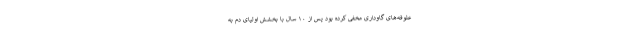
علوفه‌های گاوداری مخفی کرده بود پس از ۱۰ سال با بخشش اولیای دم به